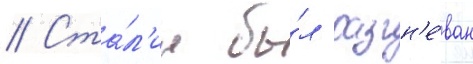
// Ста́л'ин бы́л разгн'е́ван